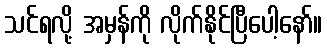
သင်ရလို့ အမှန်ကို လိုက်နိုင်ပြီပေါ့နော်။